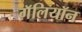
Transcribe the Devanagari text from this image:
गॅलियॉन